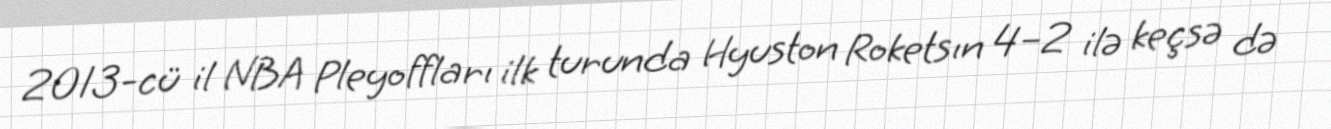
2013-cü il NBA Pleyoffları ilk turunda Hyuston Roketsın 4–2 ilə keçsə də